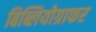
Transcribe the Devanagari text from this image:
बिब्लियोग्राफर